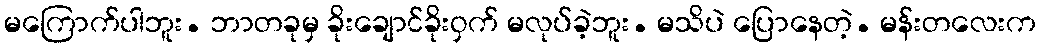
မကြောက်ပါဘူး. ဘာတခုမှ ခိုးချောင်ခိုးဝှက် မလုပ်ခဲ့ဘူး. မသိပဲ ပြောနေတဲ့. မန်းတလေးက